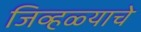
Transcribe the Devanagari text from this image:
जिव्हळ्याचे